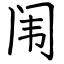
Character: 闱